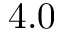
4 . 0